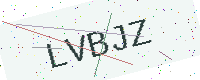
Text: LVBJZ